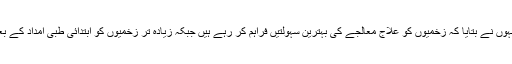
میڈیا سے گفتگو میں انہوں نے بتایا کہ زخمیوں کو علاج معالجے کی بہترین سہولتیں فراہم کر رہے ہیں جبکہ زیادہ تر زخمیوں کو ابتدائی طبی امداد کے بعد فارغ کر دیا گیا ہے۔